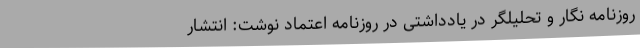
روزنامه نگار و تحلیلگر در یادداشتی در روزنامه اعتماد نوشت: انتشار